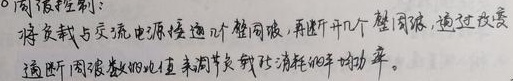
2. 周波控制：将负载与交流电源接通几个整周波，再断开几个整周波，通过改变通断周波数的比值，来调节负载消耗的平均功率。